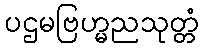
ပဌမဗြဟ္မညသုတ္တံ